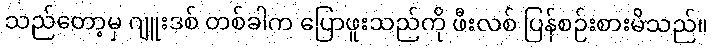
သည်တော့မှ ဂျူးဒစ် တစ်ခါက ပြောဖူးသည်ကို ဖီးလစ် ပြန်စဉ်းစားမိသည်။